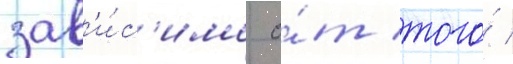
зав'и́с'имо о́т того́ /